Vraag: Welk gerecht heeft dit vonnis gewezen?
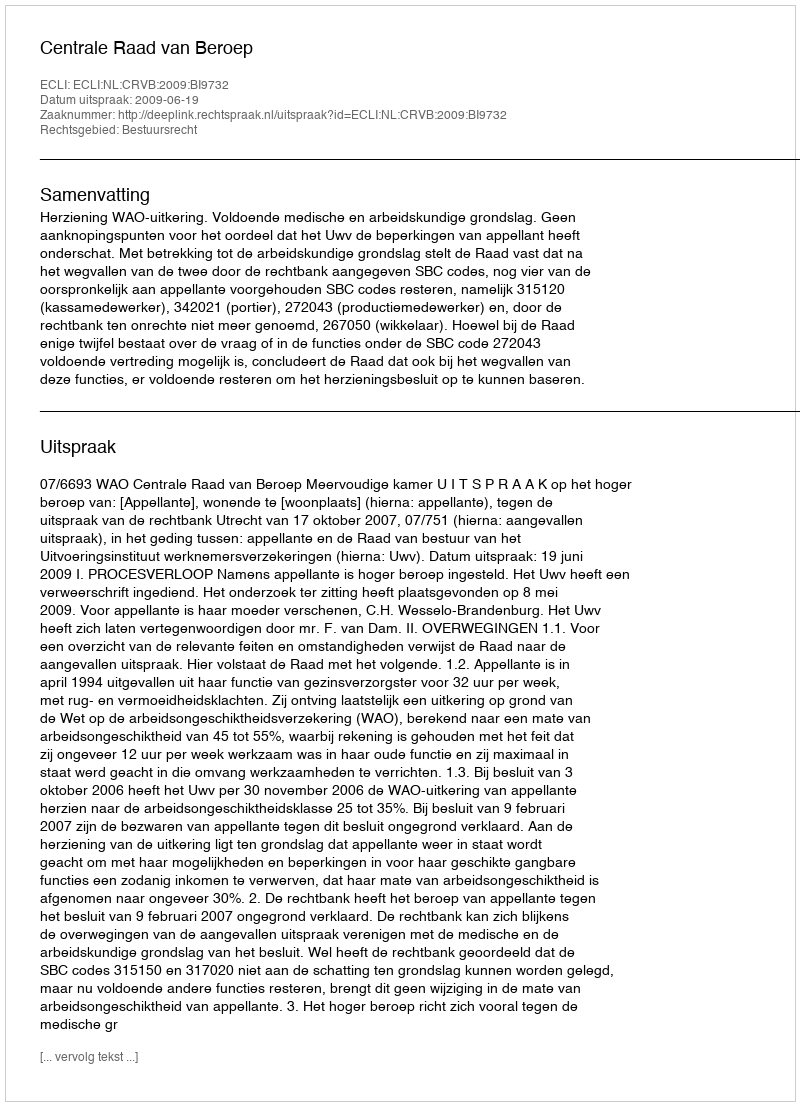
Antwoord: Centrale Raad van Beroep